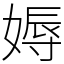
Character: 媷